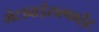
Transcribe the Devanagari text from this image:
मेटाबाईसल्फाईट